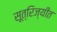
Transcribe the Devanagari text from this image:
सूत्रिज्यीत